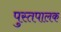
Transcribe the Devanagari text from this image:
पुस्तपालक